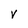
Character: V